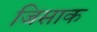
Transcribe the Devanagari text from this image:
जिसाक